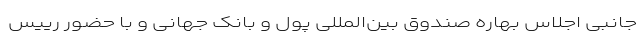
جانبی اجلاس بهاره صندوق بین‌المللی پول و بانک جهانی و با حضور رییس